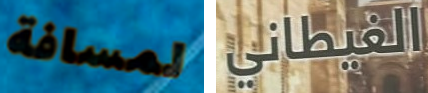
لمسافة الغيطاني